Report of the veterinary officer investigating camel disease
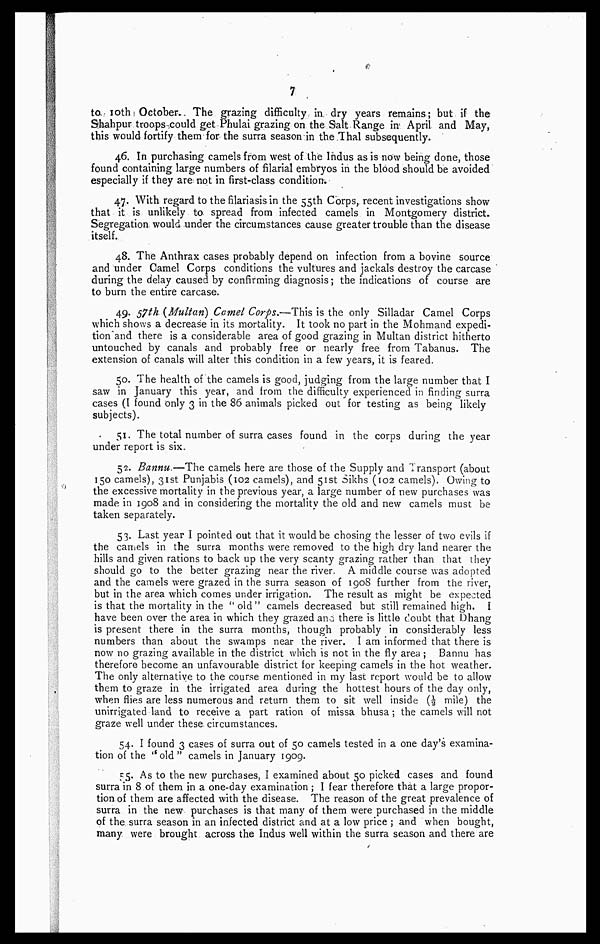
7
to 10th October. The grazing difficulty in dry years remains; but if the
Shahpur troops could get Phulai grazing on the Salt Range in April and May,
this would fortify them for the surra season in the Thal subsequently.
46. In purchasing camels from west of the Indus as is now being done, those
found containing large numbers of filarial embryos in the blood should be avoided
especially if they are not in first-class condition.
47. With regard to the filariasis in the 55th Corps, recent investigations show
that it is unlikely to. spread from infected camels in Montgomery district.
Segregation would under the circumstances cause greater trouble than the disease
itself.
48. The Anthrax cases probably depend on infection from a bovine source
and under Camel Corps conditions the vultures and jackals destroy the carcase
during the delay caused by confirming diagnosis; the indications of course are
to burn the entire carcase.
49. 57th (Multan) Cornel Corps.—This is the only Silladar Camel Corps
which shows a decrease in its mortality. It took no part in the Mohmand expedi-
tion and there is a considerable area of good grazing in Multan district hitherto
untouched by canals and probably free or nearly free from Tabanus. The
extension of canals will alter this condition in a few years, it is feared.
50. The health of the camels is good, judging from the large number that I
saw in January this year, and from the difficulty experienced in finding surra
cases (I found only 3 in the 86 animals picked out for testing as being likely
subjects).
51. The total number of surra cases found in the corps during the year
under report is six.
52. Bannu.—The camels here are those of the Supply and Transport (about
150 camels), 31st Punjabis (102 camels), and 51st Sikhs (102 camels). Owing to
the excessive mortality in the previous year, a large number of new purchases was
made in 1908 and in considering the mortality the old and new camels must be
taken separately.
53. Last year I pointed out that it would be chosing the lesser of two evils if
the camels in the surra months were removed to the high dry land nearer the
hills and given rations to back up the very scanty grazing rather than that they
should go to the better grazing near the river. A middle course was adopted
and the camels were grazed in the surra season of 1908 further from the river,
but in the area which comes under irrigation. The result as might be expected
is that the mortality in the "old" camels decreased but still remained high. I
have been over the area in which they grazed ana there is little doubt that Dhang
is present there in the surra months, though probably in considerably less
numbers than about the swamps near the river. I am informed that there is
now no grazing available in the district which is not in the fly area ; Bannu has
therefore become an unfavourable district for keeping camels in the hot weather.
The only alternative to the course mentioned in my last report would be to allow
them to graze in the irrigated area during the hottest hours of the day only,
when flies are less numerous and return them to sit well inside (1/2 mile) the
unirrigated land to receive a part ration of missa bhusa; the camels will not
graze well under these, circumstances.
54. I found 3 cases of surra out of 50 camels tested in a one day's examina-
tion of the ''old" camels in January 1909.
55. As to the new purchases, I examined about 50 picked cases and found
surra in 8 of them in a one-day examination ; I fear therefore that a large propor-
tion of them are affected with the disease. The reason of the great prevalence of
surra in the new purchases is that many of them were purchased in the middle
of the surra season in an infected district and at a low price ; and when bought,
many were brought across the Indus well within the surra season and there are